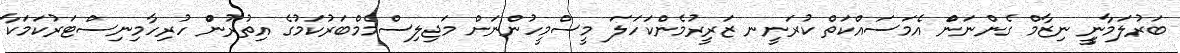
ބަރުލަމާނީީ ނިޒާމްް ގެންނަންް އެމަސައްކަތްް ކުރަނީނ ޒަރީރުމެންކަހަލަަ މީސްމީހުންނަށްް މަޖިލިސްމެމްބަރުކަމުގެެ އިތުރުންް ހުރިހާމިނިސްޓަރުކަމަކާާ